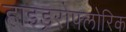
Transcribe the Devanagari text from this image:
हाइड्ररोफ्लोरिक